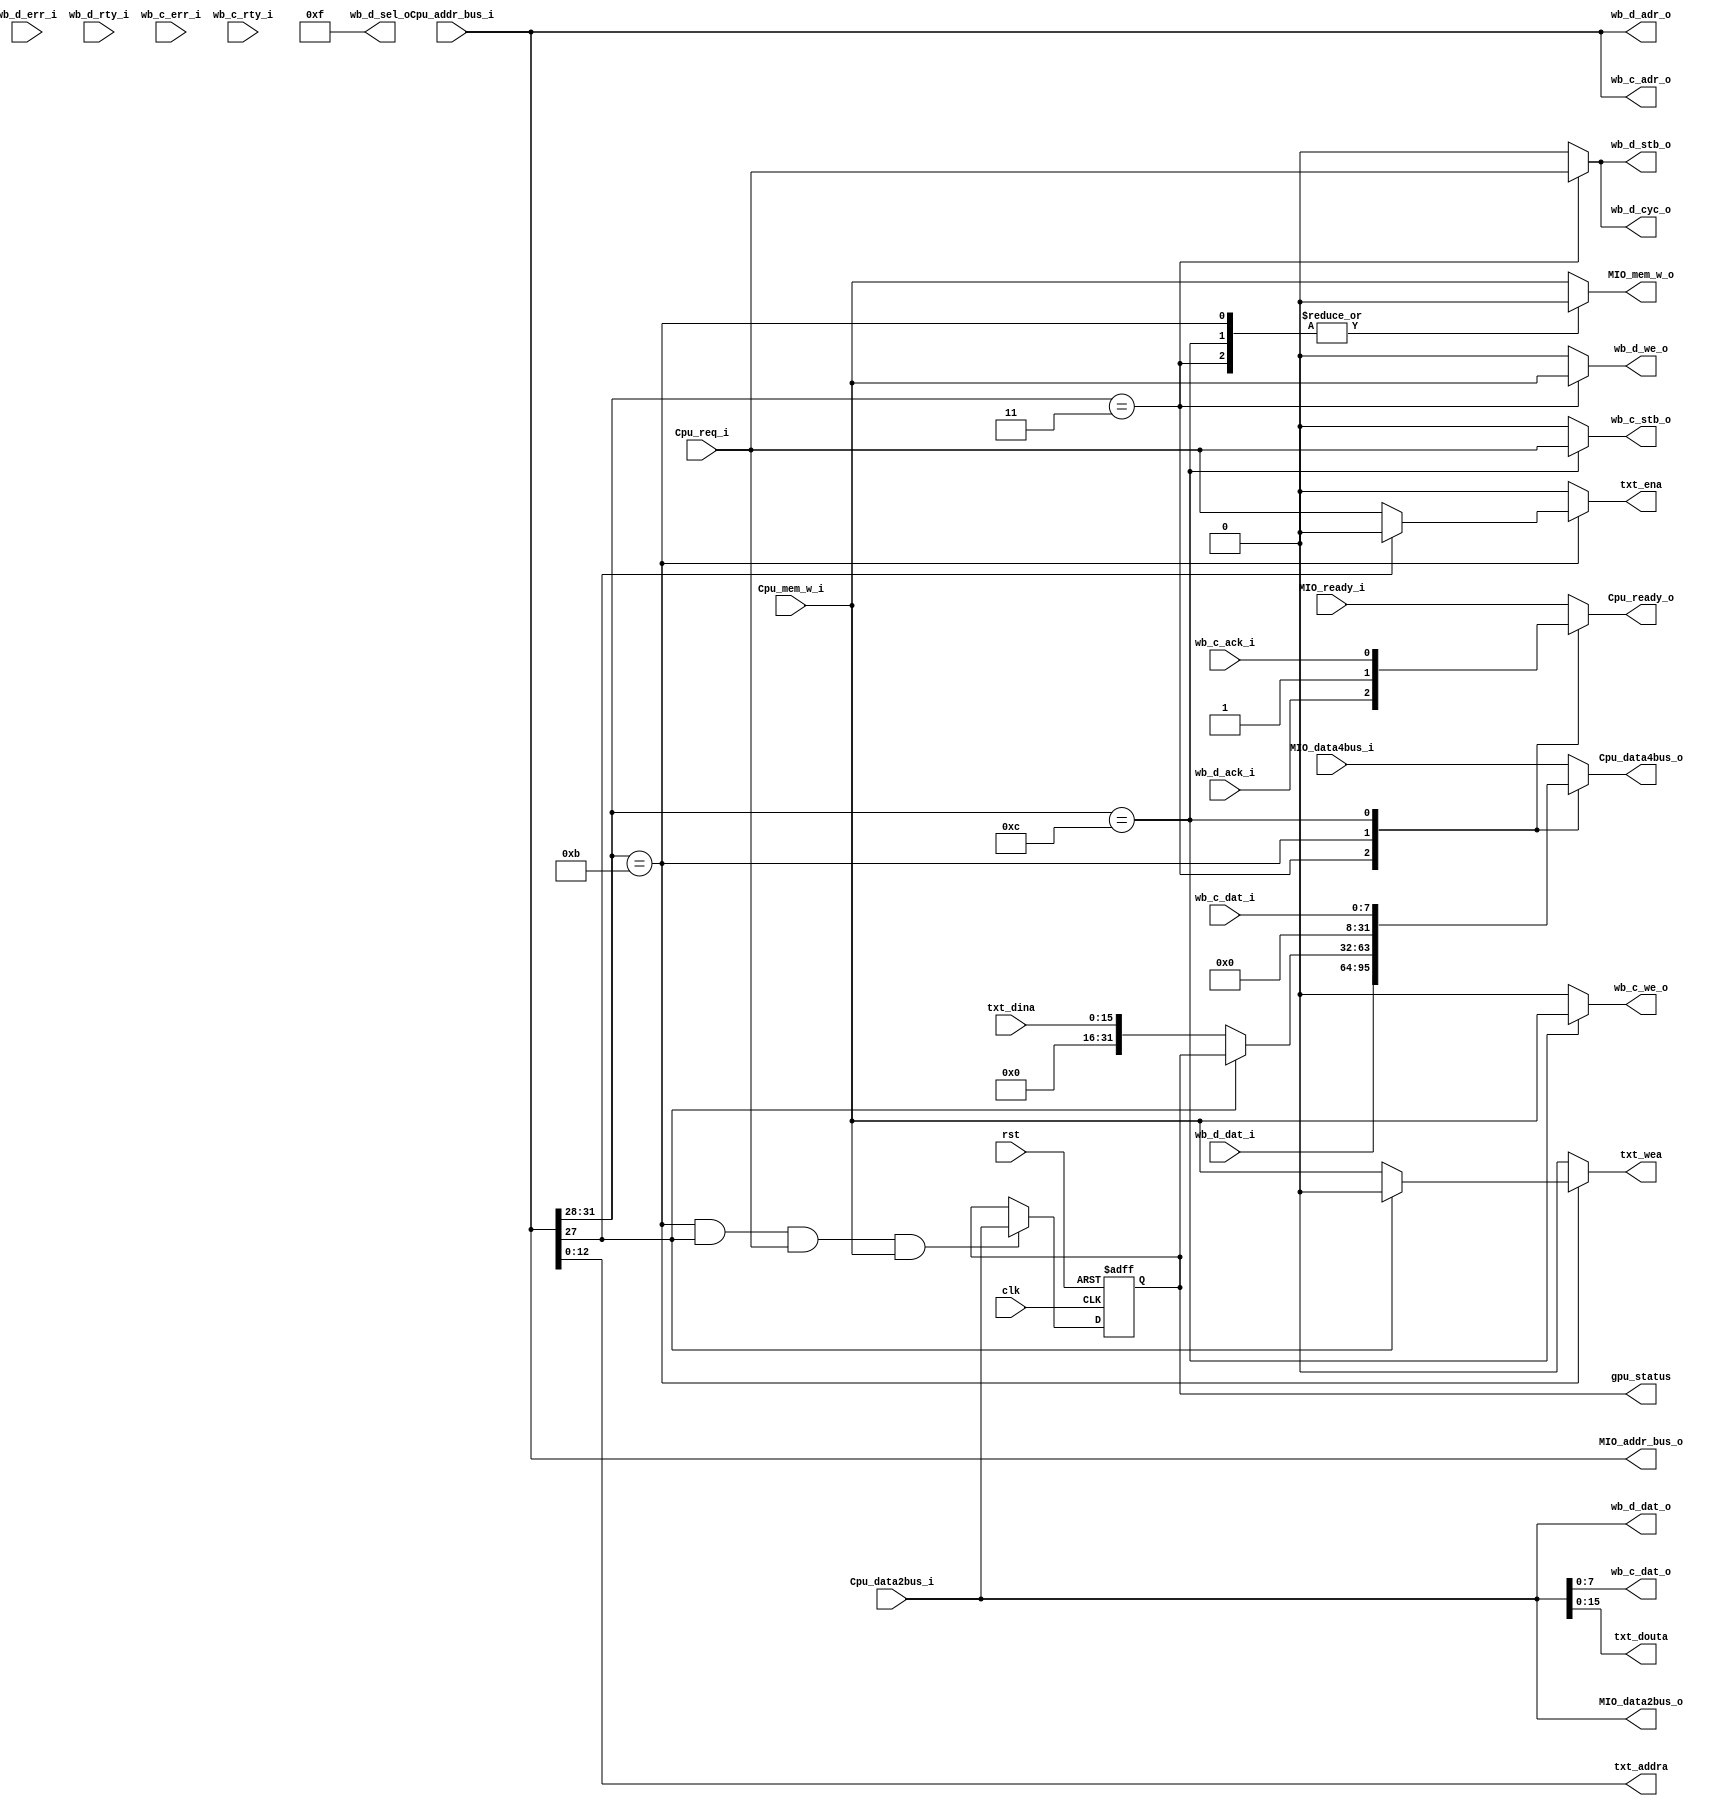
module BIU(
input wire clk,
input wire rst,

 //
 // WISHBONE interface
 //
 input  wire      wb_d_ack_i, // normal termination
 input  wire      wb_d_err_i, // termination w/ error
 input  wire      wb_d_rty_i, // termination w/ retry
 input  wire [31:0]       wb_d_dat_i, // input data bus
 output reg      wb_d_cyc_o, // cycle valid output
 output reg [31:0]      wb_d_adr_o, // address bus outputs
 output reg      wb_d_stb_o, // strobe output
 output reg      wb_d_we_o,  // indicates write transfer
 output reg [3:0]       wb_d_sel_o, // byte select outputs
 output reg [31:0]      wb_d_dat_o, // output data bus

 input  wire      wb_c_ack_i, // normal termination
 input  wire      wb_c_err_i, // termination w/ error
 input  wire      wb_c_rty_i, // termination w/ retry
 input  wire [7:0]       wb_c_dat_i, // input data bus
 output reg [31:0]      wb_c_adr_o, // address bus outputs
 output reg      wb_c_stb_o, // strobe output
 output reg      wb_c_we_o,  // indicates write transfer
 output reg [7:0]      wb_c_dat_o, // output data bus

input wire Cpu_mem_w_i,
input wire [31:0] Cpu_data2bus_i,                                   //data from CPU
input wire Cpu_req_i,
input wire [31:0] Cpu_addr_bus_i,
output reg [31:0] Cpu_data4bus_o,
output reg Cpu_ready_o,

output reg MIO_mem_w_o,
output reg [31:0] MIO_data2bus_o,                                   //data from CPU
output reg [31:0] MIO_addr_bus_o,
input wire [31:0] MIO_data4bus_i,
input wire MIO_ready_i,

output reg txt_ena,
output reg txt_wea,
output reg [12:0] txt_addra,
input wire [15:0] txt_dina,
output reg [15:0] txt_douta,

output reg [31:0] gpu_status
    );

always @(*) begin
    MIO_data2bus_o   <= Cpu_data2bus_i;
    wb_d_dat_o       <= Cpu_data2bus_i;
    wb_c_dat_o       <= Cpu_data2bus_i;
    txt_douta        <= Cpu_data2bus_i;

    MIO_addr_bus_o   <= Cpu_addr_bus_i;
    wb_d_adr_o       <= Cpu_addr_bus_i;
    wb_c_adr_o       <= Cpu_addr_bus_i;
    txt_addra        <= Cpu_addr_bus_i;
end

always @(*) begin
    wb_d_sel_o <= 4'b1111;
end

always @(*) begin
    MIO_mem_w_o      <= 0;
    wb_d_we_o        <= 0;
    wb_c_we_o        <= 0;
    txt_wea          <= 0;

    wb_d_cyc_o       <= 0;
    wb_d_stb_o       <= 0;
    wb_c_stb_o       <= 0;
    txt_ena          <= 0;

    Cpu_data4bus_o <= 0;
    Cpu_ready_o    <= 0;

    case(Cpu_addr_bus_i[31:28])
        4'h3: begin
            wb_d_we_o        <= Cpu_mem_w_i;
            Cpu_data4bus_o   <= wb_d_dat_i;
            Cpu_ready_o      <= wb_d_ack_i;
            wb_d_cyc_o       <= Cpu_req_i;
            wb_d_stb_o       <= Cpu_req_i;
        end
        4'hb: if (Cpu_addr_bus_i[27]) begin
            Cpu_data4bus_o   <= gpu_status;
            Cpu_ready_o      <= 1'b1;
        end else begin
            txt_wea          <= Cpu_mem_w_i;
            Cpu_data4bus_o   <= txt_dina;
            Cpu_ready_o      <= 1'b1;
            txt_ena          <= Cpu_req_i;
        end
        4'hc: begin
            wb_c_we_o        <= Cpu_mem_w_i;
            Cpu_data4bus_o   <= wb_c_dat_i;
            Cpu_ready_o      <= wb_c_ack_i;
            wb_c_stb_o       <= Cpu_req_i;
        end
        default: begin
            MIO_mem_w_o    <= Cpu_mem_w_i;
            Cpu_data4bus_o <= MIO_data4bus_i;
            Cpu_ready_o    <= MIO_ready_i;
        end
    endcase
end

always @(posedge clk or posedge rst) begin
    if(rst) begin
        gpu_status <= 0;
    end else if(Cpu_addr_bus_i[31:28] == 4'hb && Cpu_addr_bus_i[27] && Cpu_req_i && Cpu_mem_w_i) begin
        gpu_status <= Cpu_data2bus_i;
    end
end

endmodule